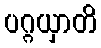
ပဂ္ဂယှာတိ